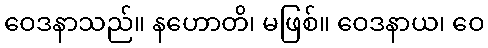
ဝေဒနာသည်။ နဟောတိ၊ မဖြစ်။ ဝေဒနာယ၊ ဝေ